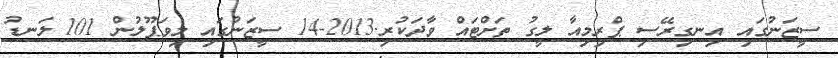
ސީޒަނުގައި އިނގިރޭސި ޕްރިމިއާ ލީގު ތަށްޓައް ވާދަކުރި.2013-14 ސީޒަނުގައި ލިވަޕޫލުން 101 ލަނޑު